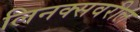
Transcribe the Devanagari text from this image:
लिनक्सवरील